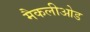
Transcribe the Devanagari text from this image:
मैकलीओड